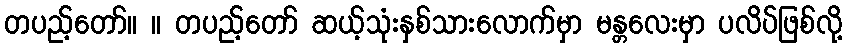
တပည့်တော်။ ။ တပည့်တော် ဆယ့်သုံးနှစ်သားလောက်မှာ မန္တလေးမှာ ပလိပ်ဖြစ်လို့